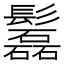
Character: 𩯹